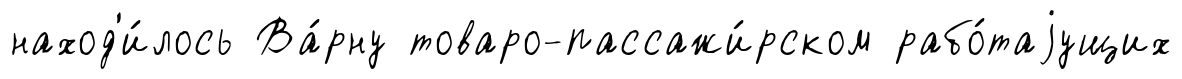
наход'и́лось Ва́рну товаро-пассажи́рском рабо́таjущих